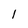
Character: 1